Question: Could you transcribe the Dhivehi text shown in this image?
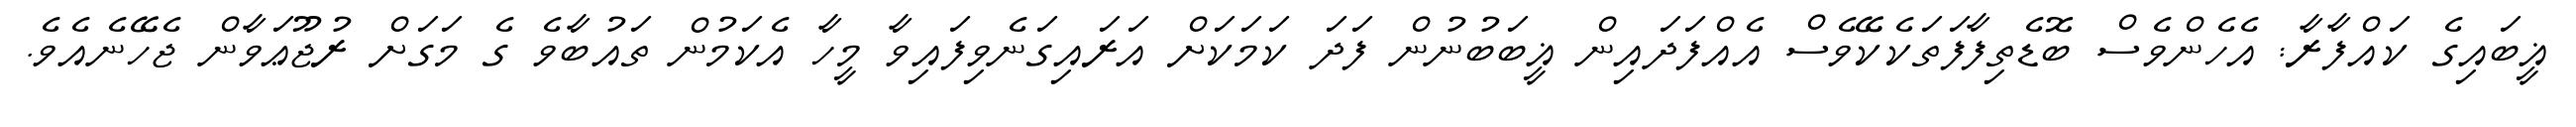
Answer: ޣީބައިގެ ކައްފާރާ: އެހެންވެސް ބޮޑެތިފާފަތަކެކޭވެސް އެއްފަދައިން ޣީބަބުނުން ފަދަ ކަމަކަށް އަރައިގަނެވިފައިވާ މީހާ އެކަމުން ތައުބާވެ ގެ މަގަށް ރުޖޫޢަވާން ޖެހޭނެއެވެ.